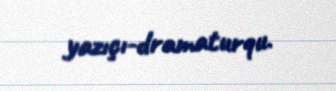
yazıçı-dramaturqu.